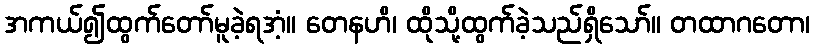
အကယ်၍ထွက်တော်မူခဲ့ရအံ့။ တေနဟိ၊ ထိုသို့ထွက်ခဲ့သည်ရှိသော်။ တထာဂတော၊